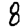
Digit: 8